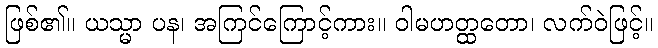
ဖြစ်၏။ ယသ္မာ ပန၊ အကြင်ကြောင့်ကား။ ဝါမဟတ္ထတော၊ လက်ဝဲဖြင့်။